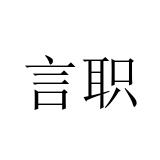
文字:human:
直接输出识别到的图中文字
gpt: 言职